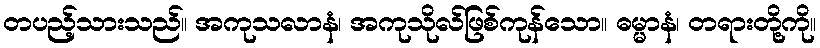
တပည့်သားသည်။ အကုသလာနံ၊ အကုသိုလ်ဖြစ်ကုန်သော။ ဓမ္မာနံ၊ တရားတို့ကို။